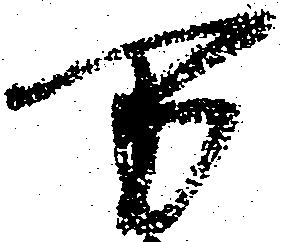
万